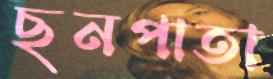
ছনপাতা